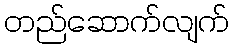
တည်ဆောက်လျက်